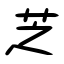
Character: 芝